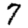
Digit: 7